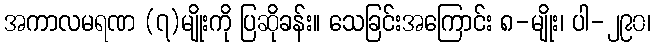
အကာလမရဏ (၇)မျိုးကို ပြဆိုခန်း။ သေခြင်းအကြောင်း ၈-မျိုး၊ ပါ-၂၉၀၊